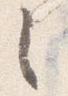
之